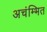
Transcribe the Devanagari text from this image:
अचंम्भित